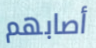
أصابهم